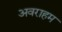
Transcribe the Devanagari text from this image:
अवराहम